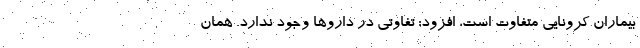
بیماران کرونایی متفاوت است، افزود: تفاوتی در داروها وجود ندارد. همان